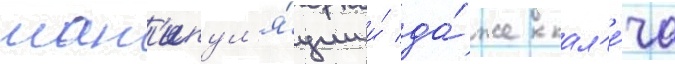
ман'ипул'я́ции и́ да́же кал'е́ча